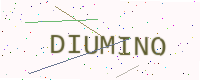
Text: DIUMINO